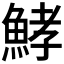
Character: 𩷨